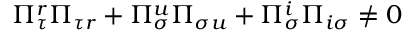
\Pi _ { \tau } ^ { r } \Pi _ { \tau r } + \Pi _ { \sigma } ^ { u } \Pi _ { \sigma u } + \Pi _ { \sigma } ^ { i } \Pi _ { i \sigma } \neq 0